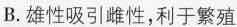
B.雄性吸引雌性，利于繁殖